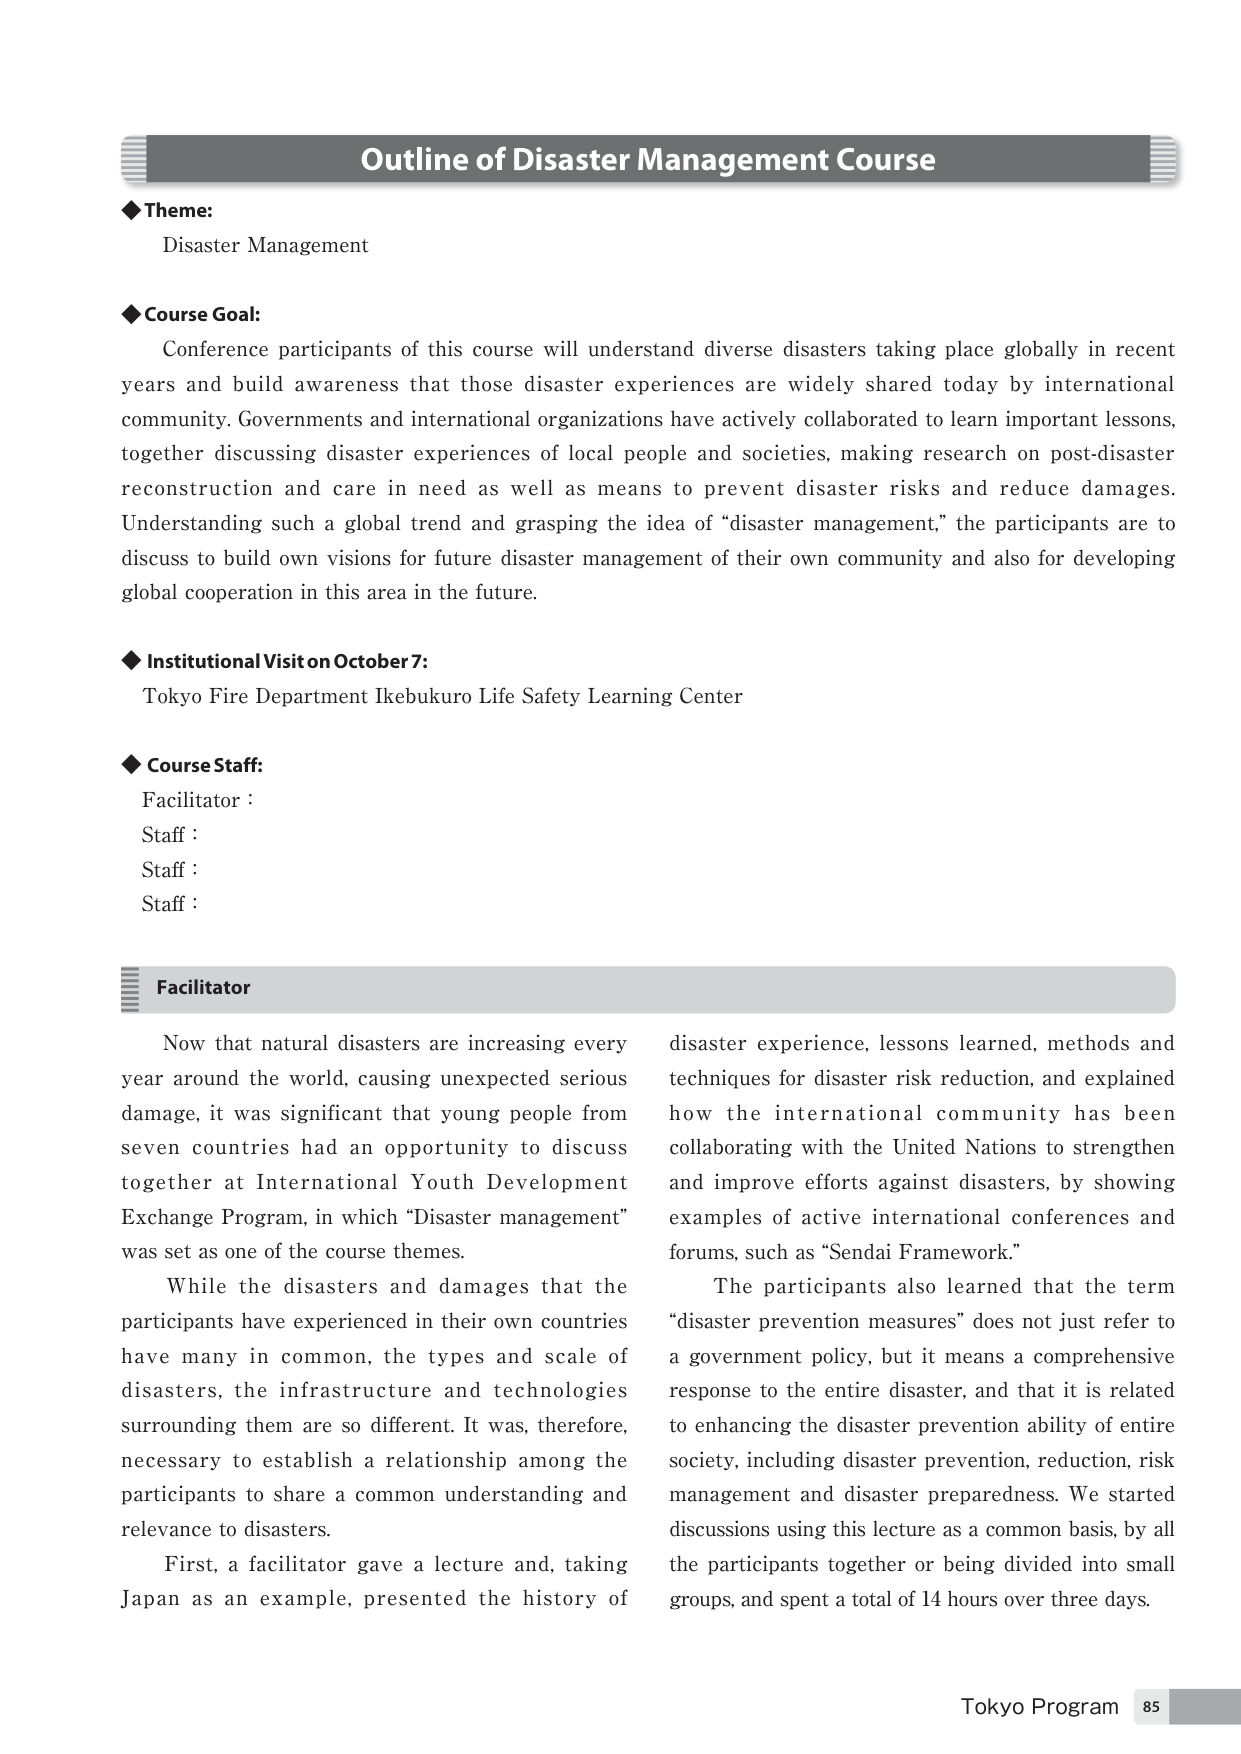
Outline of Disaster Management Course

◆ Theme:
Disaster Management

◆ Course Goal:
Conference participants of this course will understand diverse disasters taking place globally in recent years and build awareness that those disaster experiences are widely shared today by international community. Governments and international organizations have actively collaborated to learn important lessons, together discussing disaster experiences of local people and societies, making research on post-disaster reconstruction and care in need as well as means to prevent disaster risks and reduce damages. Understanding such a global trend and grasping the idea of “disaster management,” the participants are to discuss to build own visions for future disaster management of their own community and also for developing global cooperation in this area in the future.

◆ Institutional Visit on October 7:
Tokyo Fire Department Ikebukuro Life Safety Learning Center

◆ Course Staff:
Facilitator :
Staff :
Staff :
Staff :

Facilitator
Now that natural disasters are increasing every year around the world, causing unexpected serious damage, it was significant that young people from seven countries had an opportunity to discuss together at International Youth Development Exchange Program, in which “Disaster management” was set as one of the course themes.
While the disasters and damages that the participants have experienced in their own countries have many in common, the types and scale of disasters, the infrastructure and technologies surrounding them are so different. It was, therefore, necessary to establish a relationship among the participants to share a common understanding and relevance to disasters.
First, a facilitator gave a lecture and, taking Japan as an example, presented the history of disaster experience, lessons learned, methods and techniques for disaster risk reduction, and explained how the international community has been collaborating with the United Nations to strengthen and improve efforts against disasters, by showing examples of active international conferences and forums, such as “Sendai Framework.”
The participants also learned that the term “disaster prevention measures” does not just refer to a government policy, but it means a comprehensive response to the entire disaster, and that it is related to enhancing the disaster prevention ability of entire society, including disaster prevention, reduction, risk management and disaster preparedness. We started discussions using this lecture as a common basis, by all the participants together or being divided into small groups, and spent a total of 14 hours over three days.

Tokyo Program 85